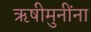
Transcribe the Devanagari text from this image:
ऋषीमुनींना